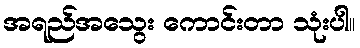
အရည်အသွေး ကောင်းတာ သုံးပါ။